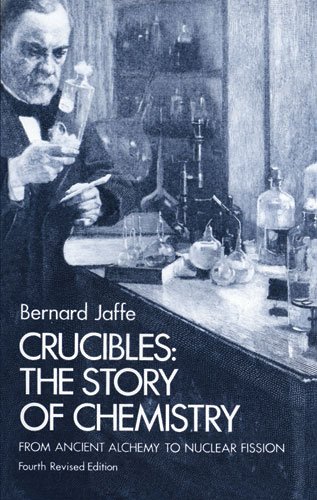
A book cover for Crucibles: The Story of Chemistry from Ancient Alchemy to Nuclear Fission; Bernard Jaffe; Science & Math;